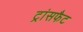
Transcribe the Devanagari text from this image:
ट्रांसफैट